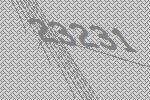
23231